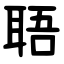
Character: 䎸